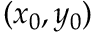
( x _ { 0 } , y _ { 0 } )